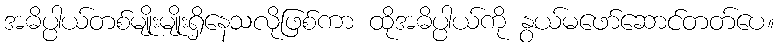
အဓိပ္ပါယ်တစ်မျိုးမျိုးရှိနေသလိုဖြစ်ကာ ထိုအဓိပ္ပါယ်ကို နွယ်မဖော်ဆောင်တတ်ပေ။